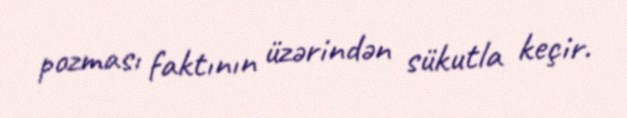
pozması faktının üzərindən sükutla keçir.